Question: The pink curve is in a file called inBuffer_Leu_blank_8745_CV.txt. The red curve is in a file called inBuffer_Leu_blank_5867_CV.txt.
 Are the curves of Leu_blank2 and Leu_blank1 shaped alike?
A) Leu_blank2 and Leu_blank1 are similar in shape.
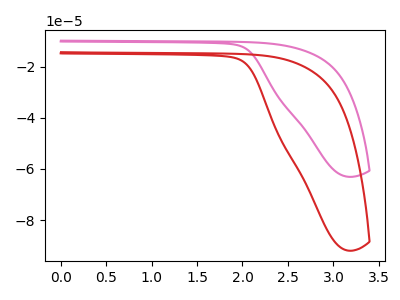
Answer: <think>The pink curve "Leu_blank1" has no peaks. The red curve "Leu_blank2" has no peaks.
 Neither "Leu_blank2" or "Leu_blank1" have any peaks.</think>
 <answer>A) "Leu_blank2" and "Leu_blank1" are similar in shape.</answer>
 <eval>A</eval>